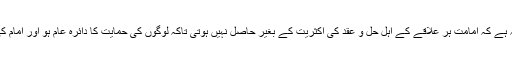
ایک گروہ کا عقیدہ یہ ہے کہ امامت ہر علاقے کے اہل حل و عقد کی اکثریت کے بغیر حاصل نہیں ہوتی تاکہ لوگوں کی حمایت کا دائرہ عام ہو اور امام کی اطاعت اجماعی ہو۔